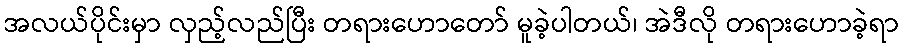
အလယ်ပိုင်းမှာ လှည့်လည်ပြီး တရားဟောတော် မူခဲ့ပါတယ်၊ အဲဒီလို တရားဟောခဲ့ရာ